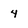
Character: 4